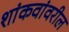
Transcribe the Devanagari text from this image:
शांकवांवरील